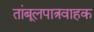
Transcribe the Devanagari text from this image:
तांबूलपात्रवाहक